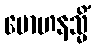
မောဟနသ္မိံ